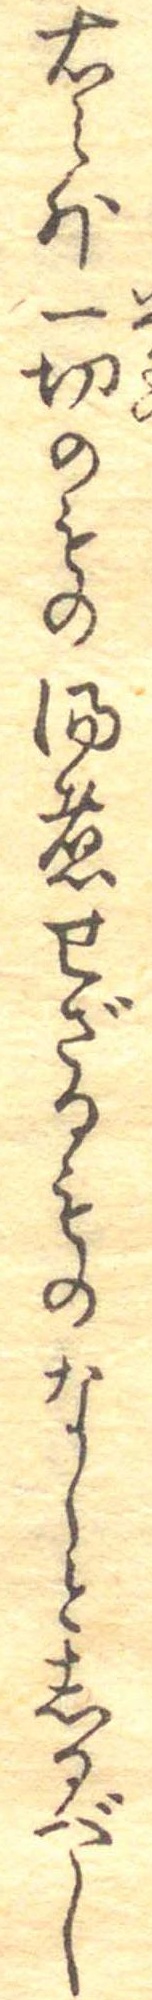
右之外一切のもの湯煮せざるものなしとしるべし